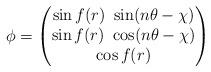
LaTeX: \begin{align*}\phi=\begin{pmatrix}\sin f(r)~\sin (n\theta-\chi)\\\sin f(r)~\cos (n\theta-\chi)\\\cos f(r)\end{pmatrix}\end{align*}